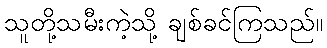
သူတို့သမီးကဲ့သို့ ချစ်ခင်ကြသည်။